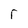
Character: r